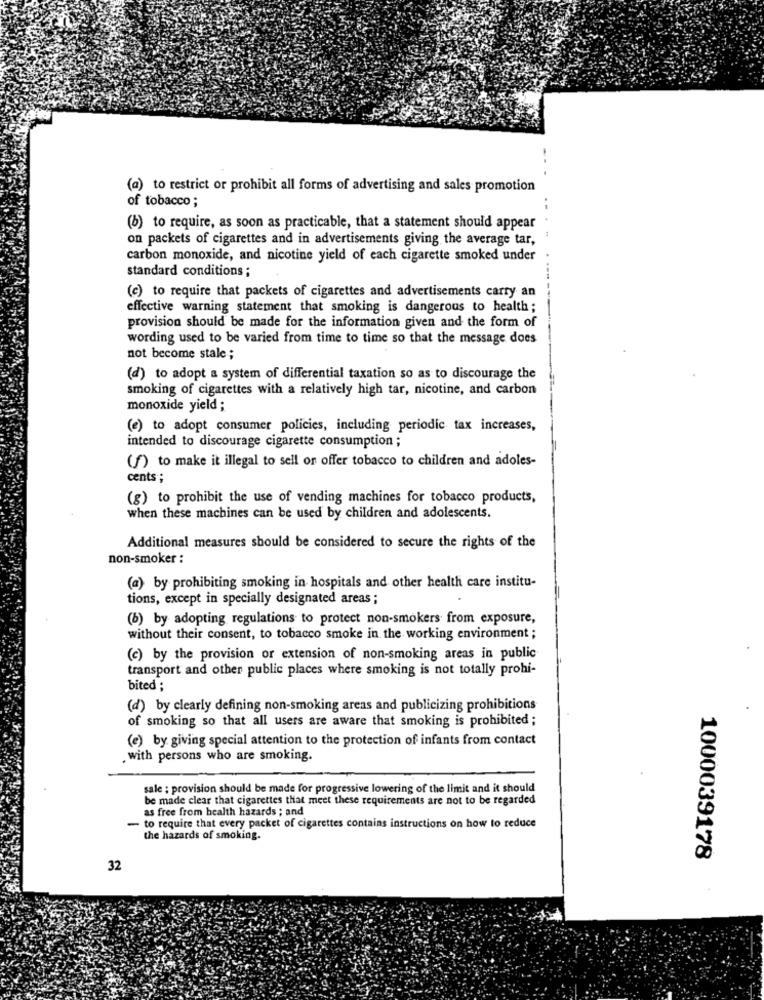
(a) to restrict or prohibit all forms of advertising and sales promotion
of tobacco;
..
(8) to require, as soon as practicable, that a statement should appear
on packets of cigarettes and in advertisements giving the average tar,
carbon monoxide, and nicotine yield of each cigarette smoked under
standard conditions ;
(c) to require that packets of cigarettes and advertisements carry an
effective warning statement that smoking is dangerous to health;
provision should be made for the information given and the form of
wording used to be varied from time to time so that the message does
not become stale;
(d) to adopt a system of differential taxation so as to discourage the
smoking of cigarettes with a relatively high tar, nicotine, and carbon
monoxide yield ;
(e) to adopt consumer policies, including periodic tax increases,
intended to discourage cigarette consumption ;
(f) to make it illegal to sell or offer tobacco to children and adoles-
cents ;
(g) to prohibit the use of vending machines for tobacco products,
when these machines can be used by children and adolescents.
Additional measures should be considered to secure the rights of the
non-smoker :
(a) by prohibiting smoking in hospitals and other health care institu-
tions, except in specially designated areas ;
(b) by adopting regulations to protect non-smokers from exposure,
without their consent, to tobacco smoke in the working environment ;
(c) by the provision or extension of non-smoking areas in public
transport and other public places where smoking is not totally prohi-
bited :
(d) by clearly defining non-smoking areas and publicizing prohibitions
of smoking so that all users are aware that smoking is prohibited ;
(e) by giving special attention to the protection of infants from contact
with persons who are smoking.
sale : provision should be made for progressive lowering of the limit and it should
be made clear that cigarettes that meet these requirements are not to be regarded
as free from health hazards ; and
- to require that every packet of cigarettes contains instructions on how to reduce
the hazards of smoking.
1000039178
32